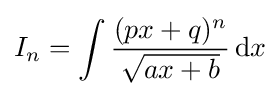
I_{n}=\int {\frac {(px+q)^{n}}{\sqrt {ax+b}}}\,{\text{d}}x\,\!